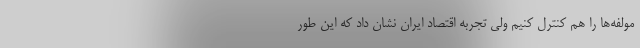
مولفه‌ها را هم کنترل کنیم ولی تجربه اقتصاد ایران نشان داد که این طور